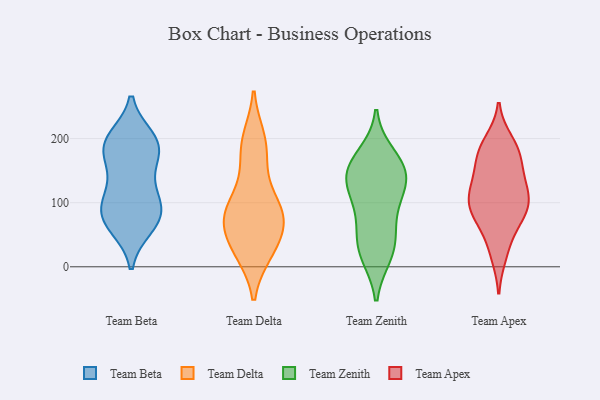
{"axis": {"x": "Inventory Turnover", "y": "Value"}, "legend": ["Team Apex", "Team Beta", "Team Delta", "Team Zenith"], "data": [{"x": "", "y": 82, "type": "Team Beta"}, {"x": "", "y": 188, "type": "Team Beta"}, {"x": "", "y": 146, "type": "Team Beta"}, {"x": "", "y": 200, "type": "Team Beta"}, {"x": "", "y": 106, "type": "Team Beta"}, {"x": "", "y": 84, "type": "Team Beta"}, {"x": "", "y": 63, "type": "Team Beta"}, {"x": "", "y": 176, "type": "Team Beta"}, {"x": "", "y": 124, "type": "Team Beta"}, {"x": "", "y": 199, "type": "Team Beta"}, {"x": "", "y": 189, "type": "Team Beta"}, {"x": "", "y": 95, "type": "Team Beta"}, {"x": "", "y": 80, "type": "Team Beta"}, {"x": "", "y": 184, "type": "Team Beta"}, {"x": "", "y": 62, "type": "Team Beta"}, {"x": "", "y": 105, "type": "Team Delta"}, {"x": "", "y": 68, "type": "Team Delta"}, {"x": "", "y": 199, "type": "Team Delta"}, {"x": "", "y": 194, "type": "Team Delta"}, {"x": "", "y": 23, "type": "Team Delta"}, {"x": "", "y": 90, "type": "Team Delta"}, {"x": "", "y": 70, "type": "Team Delta"}, {"x": "", "y": 46, "type": "Team Delta"}, {"x": "", "y": 24, "type": "Team Delta"}, {"x": "", "y": 81, "type": "Team Delta"}, {"x": "", "y": 183, "type": "Team Delta"}, {"x": "", "y": 75, "type": "Team Delta"}, {"x": "", "y": 146, "type": "Team Delta"}, {"x": "", "y": 23, "type": "Team Delta"}, {"x": "", "y": 88, "type": "Team Delta"}, {"x": "", "y": 111, "type": "Team Zenith"}, {"x": "", "y": 143, "type": "Team Zenith"}, {"x": "", "y": 146, "type": "Team Zenith"}, {"x": "", "y": 123, "type": "Team Zenith"}, {"x": "", "y": 173, "type": "Team Zenith"}, {"x": "", "y": 37, "type": "Team Zenith"}, {"x": "", "y": 152, "type": "Team Zenith"}, {"x": "", "y": 23, "type": "Team Zenith"}, {"x": "", "y": 155, "type": "Team Zenith"}, {"x": "", "y": 59, "type": "Team Zenith"}, {"x": "", "y": 19, "type": "Team Zenith"}, {"x": "", "y": 91, "type": "Team Zenith"}, {"x": "", "y": 96, "type": "Team Apex"}, {"x": "", "y": 71, "type": "Team Apex"}, {"x": "", "y": 123, "type": "Team Apex"}, {"x": "", "y": 73, "type": "Team Apex"}, {"x": "", "y": 28, "type": "Team Apex"}, {"x": "", "y": 75, "type": "Team Apex"}, {"x": "", "y": 168, "type": "Team Apex"}, {"x": "", "y": 180, "type": "Team Apex"}, {"x": "", "y": 195, "type": "Team Apex"}, {"x": "", "y": 147, "type": "Team Apex"}, {"x": "", "y": 109, "type": "Team Apex"}, {"x": "", "y": 19, "type": "Team Apex"}, {"x": "", "y": 181, "type": "Team Apex"}, {"x": "", "y": 109, "type": "Team Apex"}, {"x": "", "y": 122, "type": "Team Apex"}, {"x": "", "y": 94, "type": "Team Apex"}, {"x": "", "y": 143, "type": "Team Apex"}, {"x": "", "y": 184, "type": "Team Apex"}, {"x": "", "y": 95, "type": "Team Apex"}]}